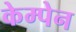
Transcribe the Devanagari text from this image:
केम्पेन